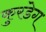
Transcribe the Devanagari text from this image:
कुरडेग